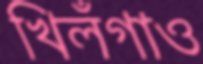
খিলঁগাও